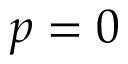
p = 0